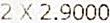
2 X 2.9000